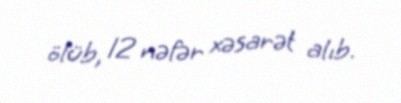
ölüb, 12 nəfər xəsarət alıb.